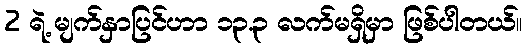
2 ရဲ့ မျက်နှာပြင်ဟာ ၁၃.၃ လက်မရှိမှာ ဖြစ်ပါတယ်။